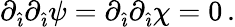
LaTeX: \partial_{\hat{\imath}}\partial_{\hat{\imath}}\psi=\partial_{\hat{\imath}}\partial_{\hat{\imath}}\chi=0\, .